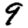
Digit: 9